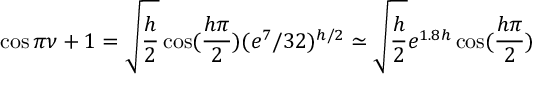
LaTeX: \cos \pi \nu + 1 = \sqrt { \frac { h } { 2 } } \cos ( \frac { h \pi } { 2 } ) ( e ^ { 7 } / 3 2 ) ^ { h / 2 } \simeq \sqrt { \frac { h } { 2 } } e ^ { 1 . 8 h } \cos ( \frac { h \pi } { 2 } )